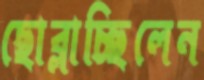
ছোব্‌লাচ্ছিলেন